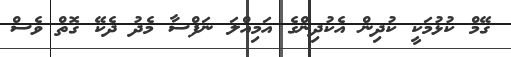
ގޭމް ކުޅުމަކީ ކުދިން އެކުދިންގެ އަމިއްލަ ނަފްސާ މެދު ދެކޭ ގޮތް ވެސް